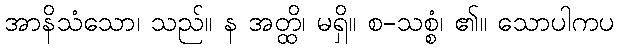
အာနိသံသော၊ သည်။ န အတ္ထိ၊ မရှိ။ စ-သစ္စံ၊ ၏။ သောပါကပ